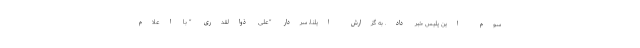
سوم این پلیس خبر داد. به گزارش ایلنا، سردار "علی ذوالقدری " با اعلام